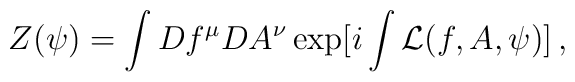
Z(\psi)= \int Df^\mu DA^\nu \exp[i\int {\cal L}(f,A,\psi)]\, ,